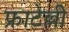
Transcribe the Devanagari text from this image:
फ्राटेल्ली